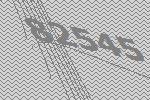
82545